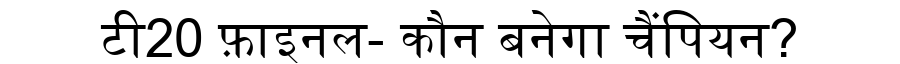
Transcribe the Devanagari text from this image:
टी20 फ़ाइनल- कौन बनेगा चैंपियन?